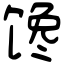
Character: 馋